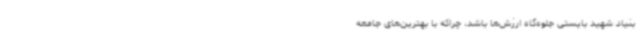
بنیاد شهید بایستی جلوه‌گاه ارزش‌ها باشد، چراکه با بهترین‌های جامعه